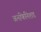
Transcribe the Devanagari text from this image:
अनफिनिशड